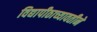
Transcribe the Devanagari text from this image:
विद्यापीठाच्यावतीने